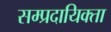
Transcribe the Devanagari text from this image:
सम्प्रदायिक्ता